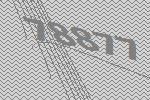
78877